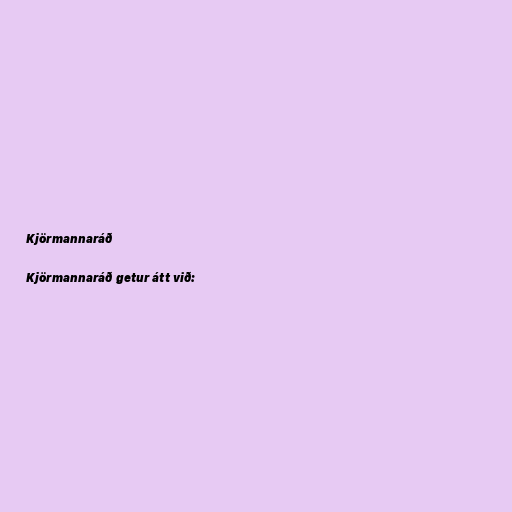
Kjörmannaráð

Kjörmannaráð getur átt við: